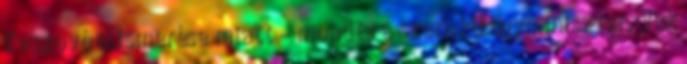
Koszovó elismerése miatt – mondta a szerb külügyminiszter, Vuk